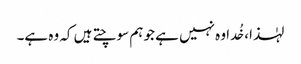
لہٰذا، خُدا وہ نہیں ہے جو ہم سوچتے ہیں کہ وہ ہے۔